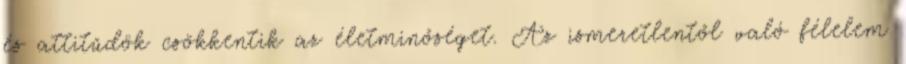
és attitűdök csökkentik az életminőséget. Az ismeretlentől való félelem